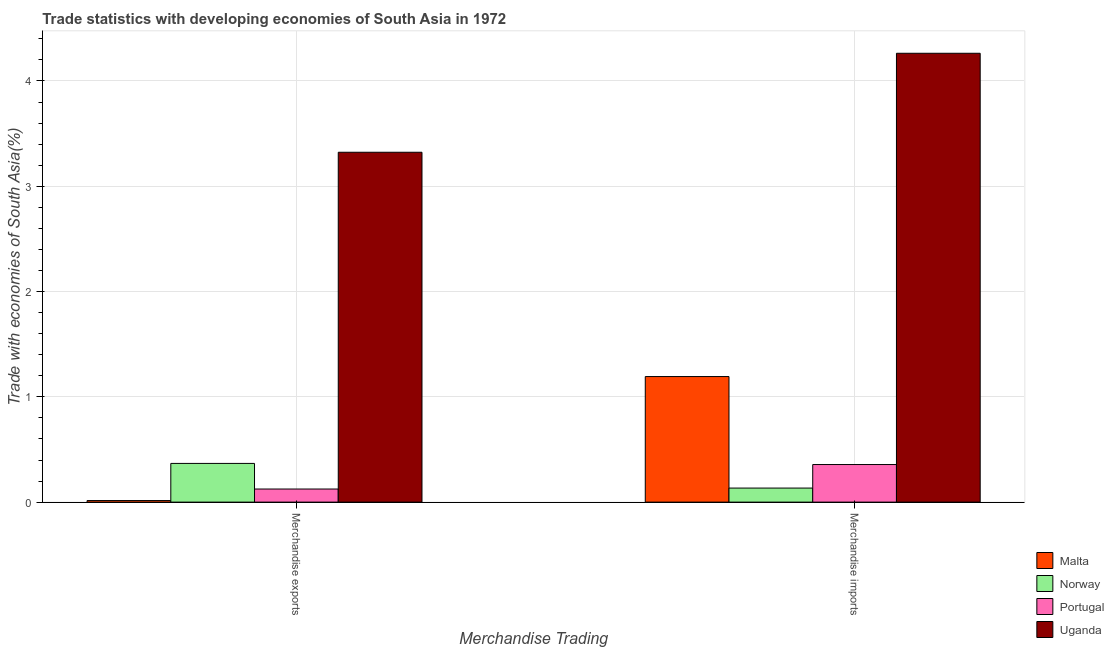
| Merchandise Trading | Malta | Norway | Portugal | Uganda |
 | --- | --- | --- | --- | --- |
 | Merchandise exports | 0.0149 | 0.368 | 0.124 | 3.32 |
 | Merchandise imports | 1.19 | 0.133 | 0.357 | 4.26 |